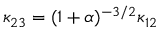
\kappa _ { 2 3 } = ( 1 + \alpha ) ^ { - 3 / 2 } \kappa _ { 1 2 }